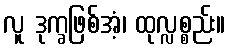
လူ ဒုက္ခဖြစ်အံ့၊ ထုလ္လစ္စည်း။